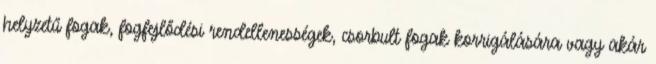
helyzetű fogak, fogfejlődési rendellenességek, csorbult fogak korrigálására vagy akár